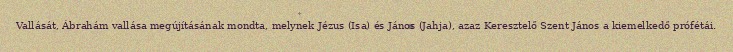
Vallását, Ábrahám vallása megújításának mondta, melynek Jézus (Isa) és János (Jahja), azaz Keresztelő Szent János a kiemelkedő prófétái.